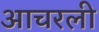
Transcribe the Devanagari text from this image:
आचरली